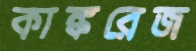
কাঙ্করেজ